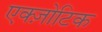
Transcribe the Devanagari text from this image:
एक्ज़ोटिक